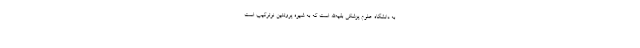
به دانشگاه علوم پزشکی بقیه‌الله است که به شیوه پروتئین نوترکیب است